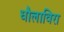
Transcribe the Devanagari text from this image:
धौलाविरा